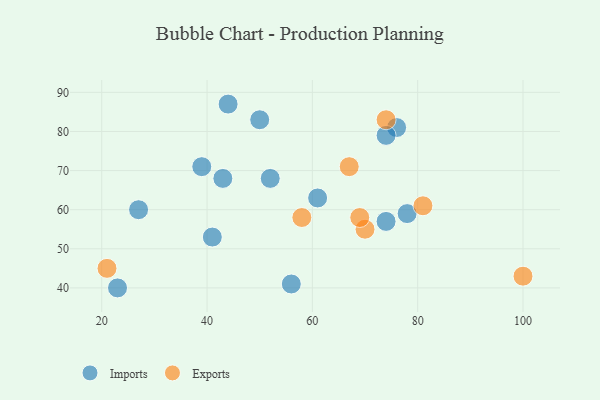
{"axis": {"x": "GDP", "y": "Life Expectancy"}, "legend": ["Exports", "Imports"], "data": [{"x": "61", "y": 63, "type": "Imports"}, {"x": "78", "y": 59, "type": "Imports"}, {"x": "56", "y": 41, "type": "Imports"}, {"x": "50", "y": 83, "type": "Imports"}, {"x": "41", "y": 53, "type": "Imports"}, {"x": "43", "y": 68, "type": "Imports"}, {"x": "76", "y": 81, "type": "Imports"}, {"x": "44", "y": 87, "type": "Imports"}, {"x": "23", "y": 40, "type": "Imports"}, {"x": "74", "y": 57, "type": "Imports"}, {"x": "74", "y": 79, "type": "Imports"}, {"x": "27", "y": 60, "type": "Imports"}, {"x": "39", "y": 71, "type": "Imports"}, {"x": "52", "y": 68, "type": "Imports"}, {"x": "21", "y": 45, "type": "Exports"}, {"x": "70", "y": 55, "type": "Exports"}, {"x": "74", "y": 83, "type": "Exports"}, {"x": "67", "y": 71, "type": "Exports"}, {"x": "100", "y": 43, "type": "Exports"}, {"x": "58", "y": 58, "type": "Exports"}, {"x": "81", "y": 61, "type": "Exports"}, {"x": "69", "y": 58, "type": "Exports"}]}